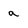
Character: a